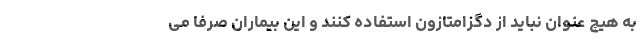
به هیچ عنوان نباید از دگزامتازون استفاده کنند و این بیماران صرفا می